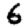
Digit: 6